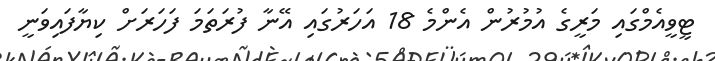
ޓީވީއެމްގައި މަރީގެ އުމުރުން އެންމެ 18 އަހަރުގައި އޭނާ ފުރަތަމަ ފަހަރަށް ކިޔާފައިވަނީ